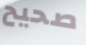
صحيح